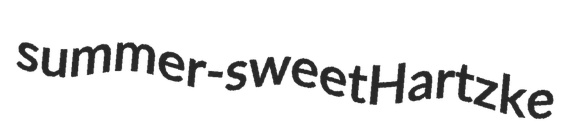
summer-sweet Hartzke